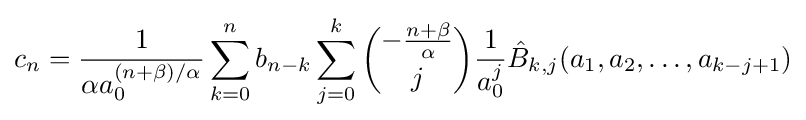
c_{n}={\frac {1}{\alpha a_{0}^{(n+\beta )/\alpha }}}\sum _{k=0}^{n}b_{n-k}\sum _{j=0}^{k}{\binom {-{\frac {n+\beta }{\alpha }}}{j}}{\frac {1}{a_{0}^{j}}}{\hat {B}}_{k,j}(a_{1},a_{2},\ldots ,a_{k-j+1})